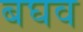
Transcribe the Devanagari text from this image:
बघव